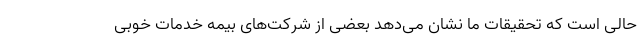
حالی است که تحقیقات ما نشان می‌دهد بعضی از شرکت‌های بیمه خدمات خوبی